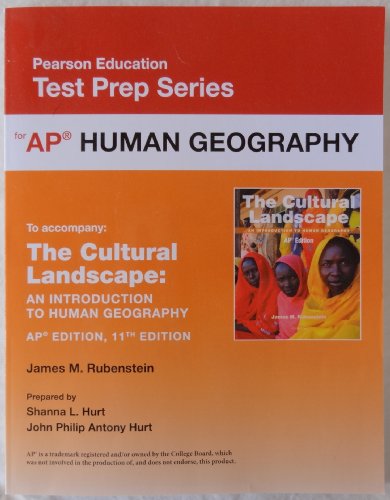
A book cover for Pearson Education Test Prep Series: AP Human Geography (accompanies: The Cultural Landscape An Introduction to Human Geography AP Edition 11th Edition); James M. Rubenstein; Politics & Social Sciences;